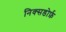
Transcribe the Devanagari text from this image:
निक्सडोर्फ़